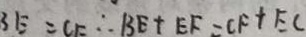
B E = C F \therefore B E + E F = C F + E C